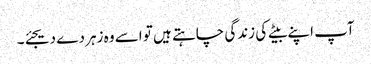
آپ اپنے بیٹے کی زندگی چاہتے ہیں تو اسے وہ زہر دے دیجئے۔